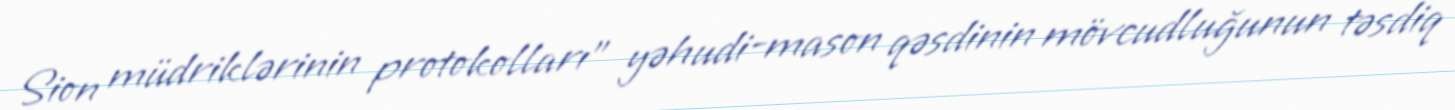
Sion müdriklərinin protokolları" yəhudi-mason qəsdinin mövcudluğunun təsdiq